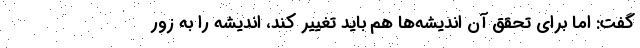
گفت: اما برای تحقق آن اندیشه‌ها هم باید تغییر کند، اندیشه را به زور